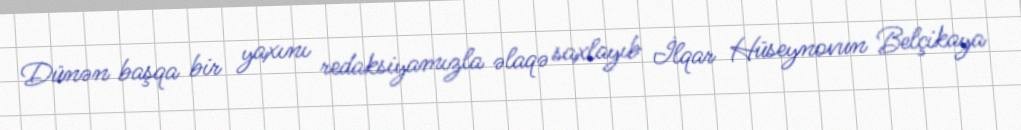
Dünən başqa bir yaxını redaksiyamızla əlaqə saxlayıb İlqar Hüseynovun Belçikaya